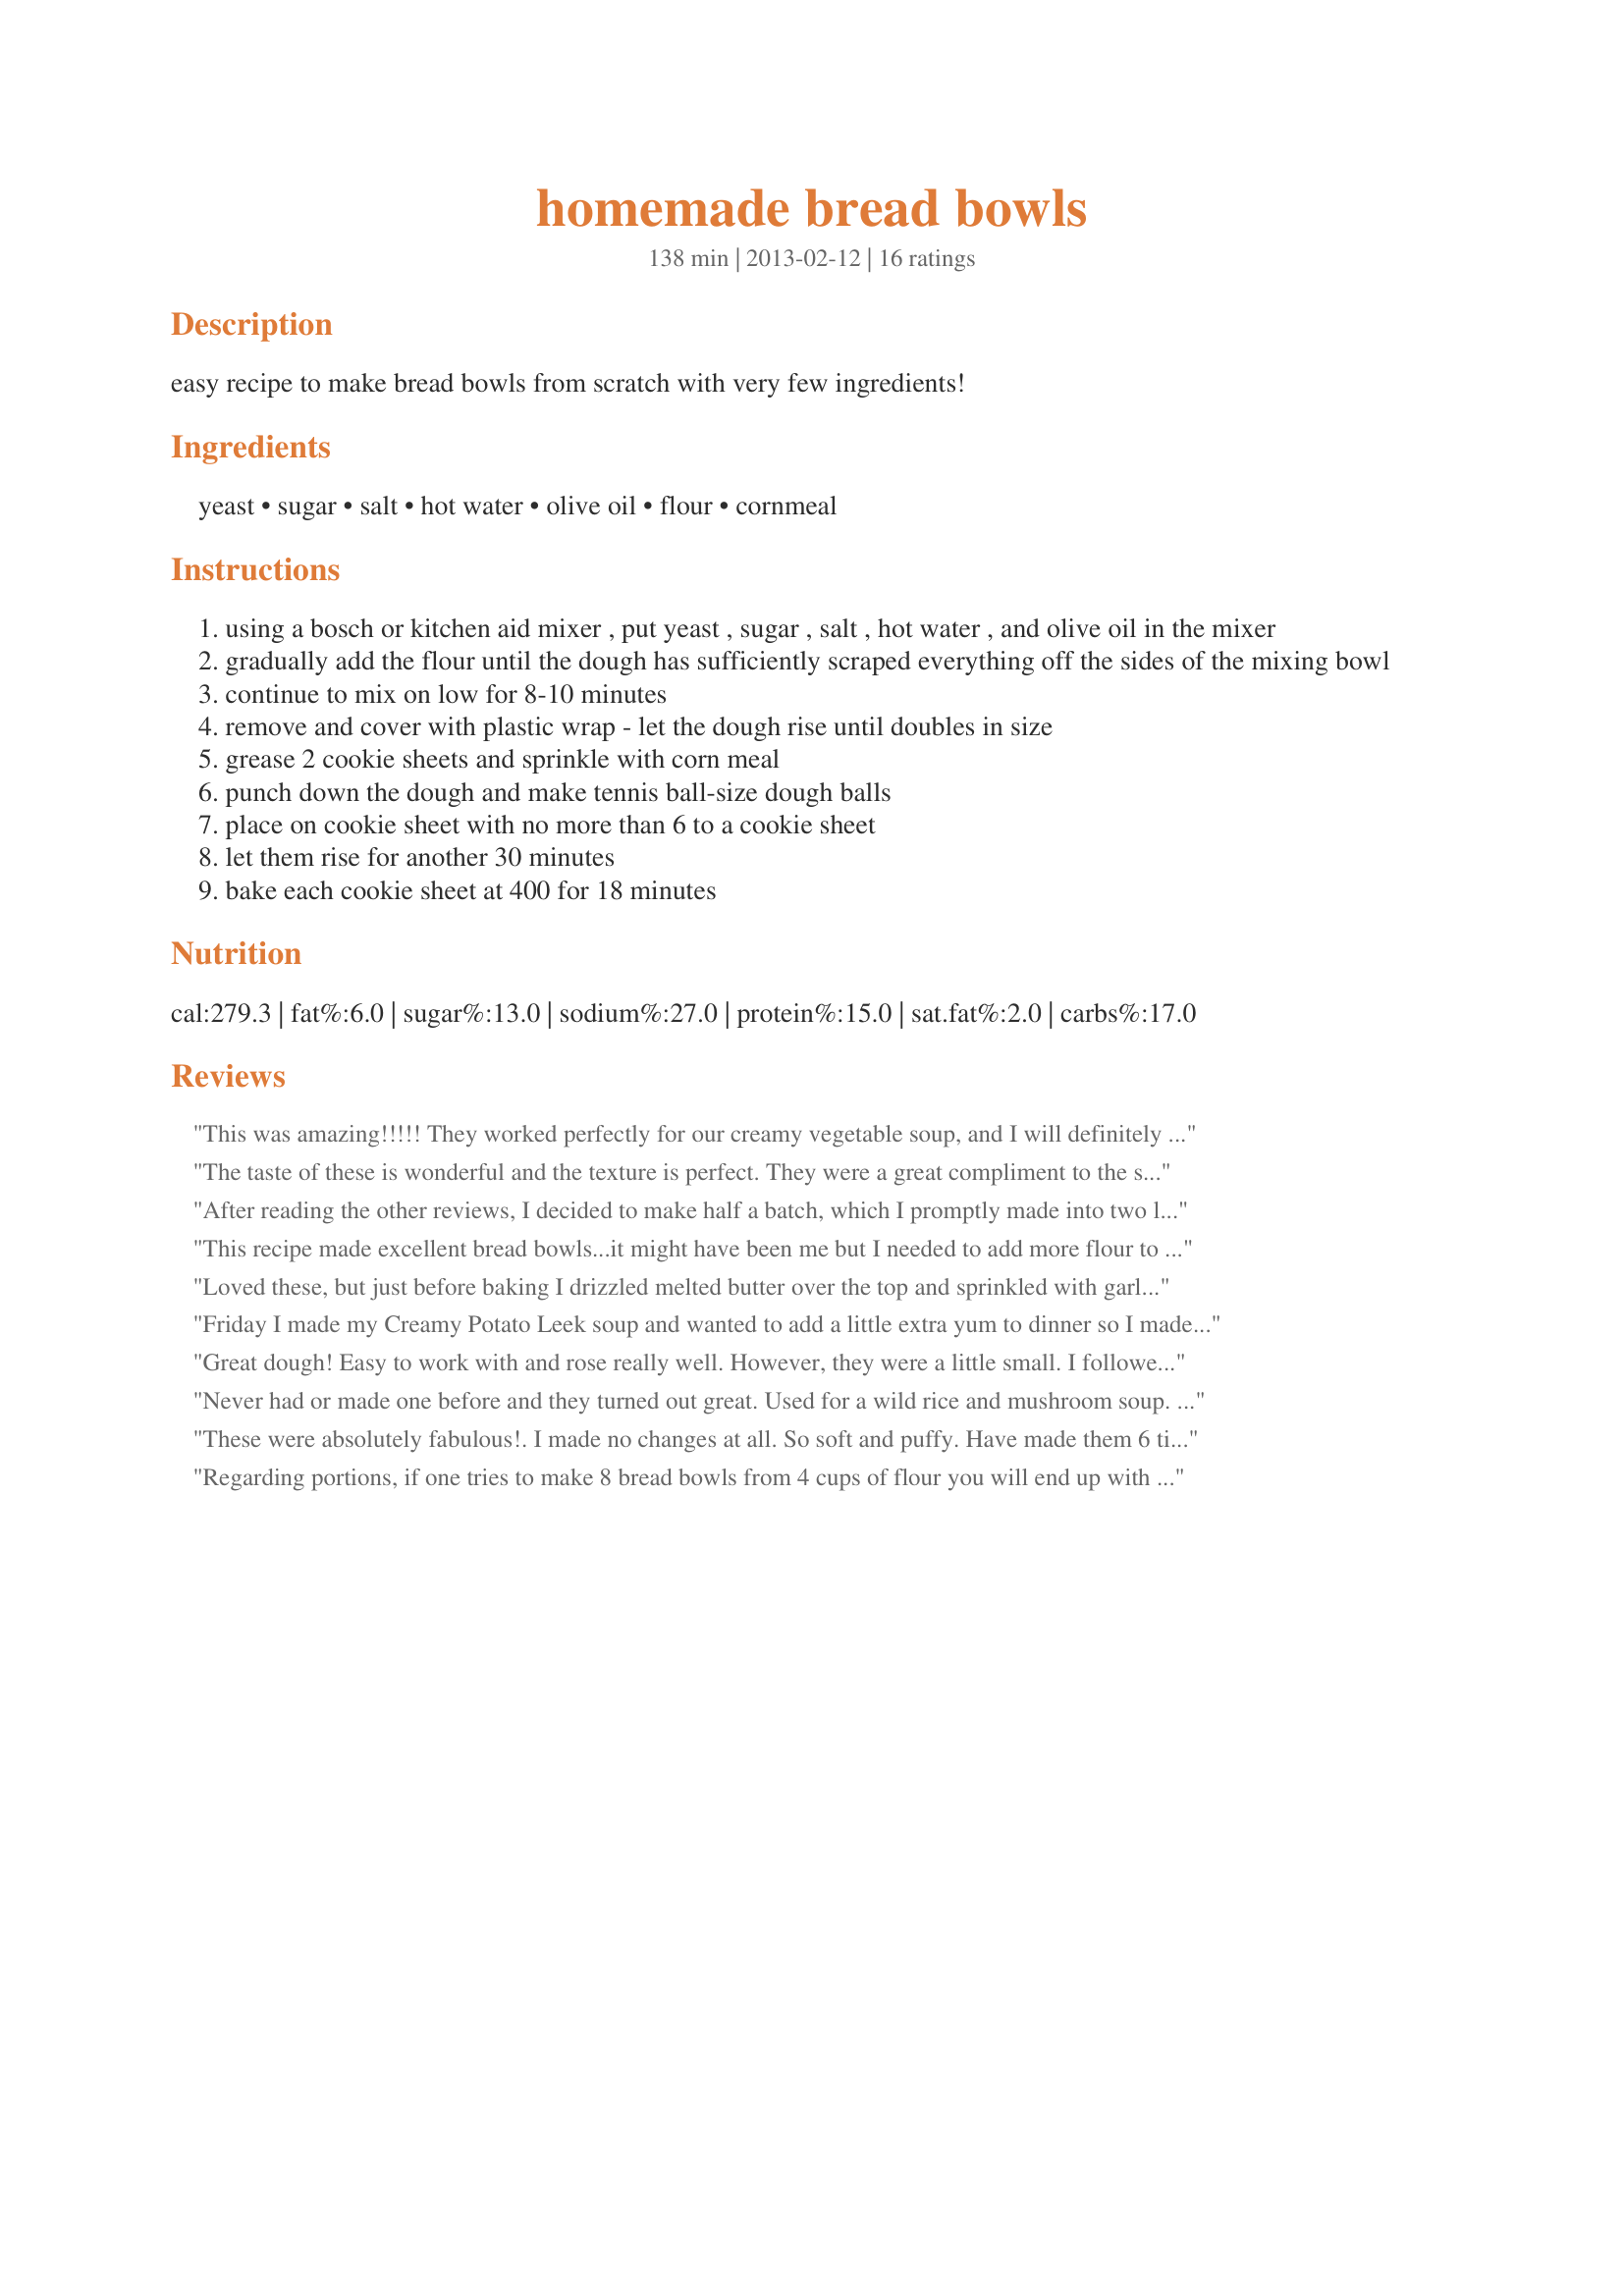
homemade bread bowls
Preparation time: 138 minutes

easy recipe to make bread bowls from scratch with very few ingredients!

Ingredients:
yeast, sugar, salt, hot water, olive oil, flour, cornmeal

Steps:
using a bosch or kitchen aid mixer , put yeast , sugar , salt , hot water , and olive oil in the mixer
gradually add the flour until the dough has sufficiently scraped everything off the sides of the mixing bowl
continue to mix on low for 8-10 minutes
remove and cover with plastic wrap - let the dough rise until doubles in size
grease 2 cookie sheets and sprinkle with corn meal
punch down the dough and make tennis ball-size dough balls
place on cookie sheet with no more than 6 to a cookie sheet
let them rise for another 30 minutes
bake each cookie sheet at 400 for 18 minutes

Reviews:
This was amazing!!!!! They worked perfectly for our creamy vegetable soup, and I will definitely use this again! My family absolutely LOVED them! This is the first bread bowl recipe I&#039;ve ever made, and I&#039;m not trying any others! Thanks sooooooooo much for the recipe!
The taste of these is wonderful and the texture is perfect. They were a great compliment to the soup I made. I divided the dough into 8 bowls. However, they were much smaller than I wanted so I think next time I will try dividing the dough into 4 instead. Overall, I am very pleased with this recipe and I will definitely be making them again.
After reading the other reviews, I decided to make half a batch, which I promptly made into two large bread bowls, they were the perfect size for our spicy lentil soup. They rose beautifully, large, tall and round like a ball. The bread was quick and easy to make, with a nice flavor, crispy on the outside and tender on the inside. It stood up beautifully to the soup. Thank you for sharing your recipe. Made for Spring Pac 2014.
This recipe made excellent bread bowls...it might have been me but I needed to add more flour to it. The bread bowls turned out fluffy and delicious...I had made homemade split pea soup that we spooned into the bowls...using this recipe for hamburger buns too! Versatile and easy!
Loved these, but just before baking I drizzled melted butter over the top and sprinkled with garlic salt. Used this for beef barely soup and it was perfect
Friday I made my Creamy Potato Leek soup and wanted to add a little extra yum to dinner so I made these bread bowls. The recipe is easy, tasty and pretty quick to make. I will make them again but I will make them larger for dinner. The recipe as it stands is great for serving dips or lunch size portions of soup.
Great dough! Easy to work with and rose really well. However, they were a little small. I followed the recipe and made them the size of tennis balls, but if I made these again I would definitely make the bread bowls bigger, so I could serve a larger amount of soup in them. Tasted great though!
Never had or made one before and they turned out great. Used for a wild rice and mushroom soup. Made half the recipe and made two bowls.
These were absolutely fabulous!. I made no changes at all. So soft and puffy. Have made them 6 times as bread bowls and rolls. If you had trouble getting your bread to rise then let it sit in the warm water a little. I put all the ingredients but the flour in my kitchenade. Let it mix on 1 for about a minute. (make sure the water is warm enough) Then I added the flour 1 cup at a time and mixed. Keep mixing for 8 min AFTER you add all the flour. Take out of your kitchenade form into a ball. Wrap tightly in saran wrap and watch it explode quite literally. It made 10 large breadbowls or 24 rolls.
Regarding portions, if one tries to make 8 bread bowls from 4 cups of flour you will end up with bread &quot;cups&quot;. Please figure 1 cup of flour for each bread bowl.
Can&#039;t tell you how long I&#039;ve been searching for this exact recipe. It&#039;s harder than you think to find one that not only comes out looking right but holds up to the soup you put inside AND taste great too. Well this is it! That said I did read the other reviews and while I made the recipe exactly as listed - I did make only 4 bowls and they were perfect in size. I impressed everyone, including myself. Filled mine with loaded potato soup and it was perfect for this cool fall day. I&#039;ve found the perfect recipe and thank you so much for posting
WOW. I will sometimes try to make a smaller batch of a new recipe (just in case...), so I did cut this recipe in half. It took a little more flour than the scaled amount called for. I ended up with approximately 24 oz of raw dough after the first rise, so made 3 rolls of approximately 8 oz each. Otherwise I followed the directions to the letter and could not have been more pleased. Great taste, clear instructions, an easy dough to work with, perfect bread bowls. Now if I just had some soup on hand. I was hoping to make soup and bread bowls for visiting relatives this winter, and this recipe is a home run! Thanks for posting it!
I made these yesterday. Great success. I first shaped rolls into 6 rolls (3 per tray) I let them over rise :(. But decided to pound down again and shpaed this time into 8 rolls. Once raised in about 45 min they raised to the perfect individual soup bowl, and baked about 18 min. Awesome! Served beef stew inside and got raves. This recipe is a keeper!
Although these didn&#039;t turn out for the use I had in mind, my husband voluntarily told me not to lose the recipe. He liked both the prevalent yeasty taste and texture. That makes them a hit in my book any day! The bread rose beautifully and has a chewy texture with a lovely crust. All positives. I had planned to use these as bowls for a BLT salad. The finished product turned out the size of small hamburger buns and was too small for that purpose. I think in order to use as an actual bowl for a soup or salad the bread would need to be thicker; maybe only make half the bowls with the full amount of dough. Made for Spring Safari 2013 Pick A Chef.
Definitely a success, and that is saying something for me! Made into four bowls, and they held up great for broccoli cheese soup. I would make these as smaller dinner rolls as well. This recipe is a keeper!
I followed other reviewers' comments and made 4 very large bread bowls instead of 8. Next time I might make 6 in order to make the dough go further. Each bowl held 2 cups of soup. They were easy to make and stood up well to the soup. Might experiment with adding whole wheat flour as well. Will make again!
